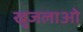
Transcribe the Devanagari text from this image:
खुजलाओ